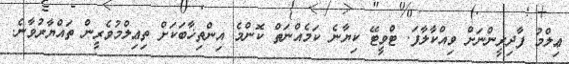
ޢިލްމު ފާދިރީންނަށް ވިއްކާލާފަ. ޓްވީޓޭ ކިޔާނެ ކަމެއްނަތް ކޮންމެ އިންތިޚާބަކަށް ތިޢިލްމުވެރީން ތައްޔާރުވާނެ.